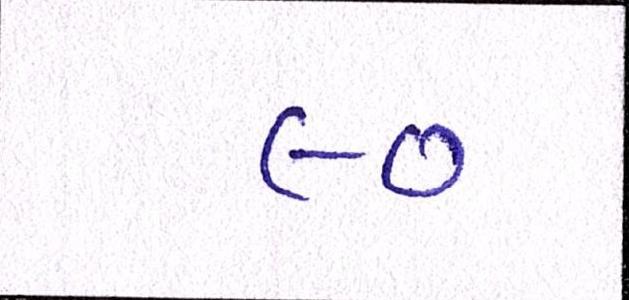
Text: ૯૦